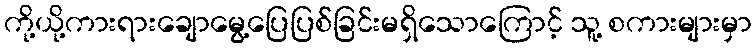
ကို့ယို့ကားရားချောမွေ့ပြေပြစ်ခြင်းမရှိသောကြောင့် သူ့ စကားများမှာ